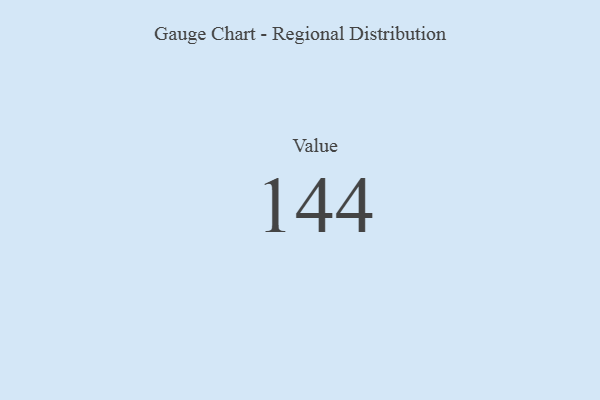
{"axis": {"x": "Metric", "y": "Value"}, "legend": [""], "data": [{"x": "Value", "y": 144, "type": ""}]}